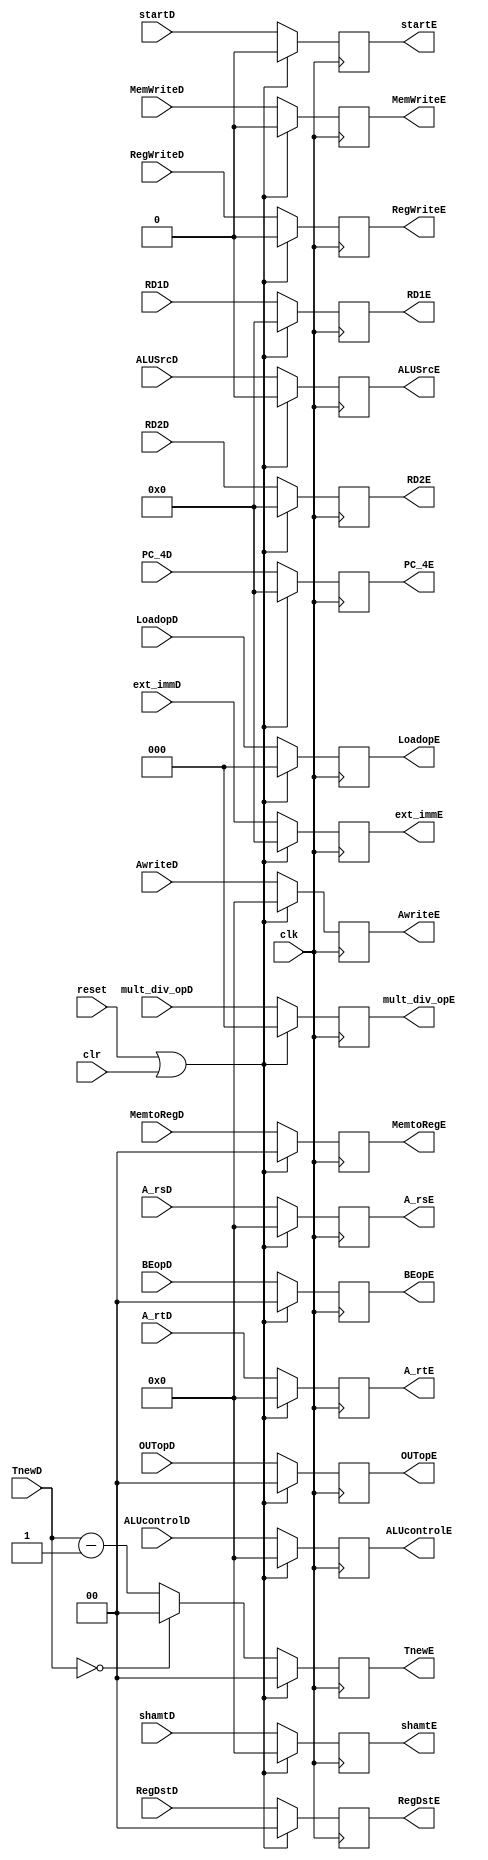
`timescale 1ns / 1ps
//////////////////////////////////////////////////////////////////////////////////
// Company: 
// Engineer: 
// 
// Design Name: 
// Module Name:    D_E_register 
// Project Name: 
// Target Devices: 
// Tool versions: 
// Description: 
//
// Dependencies: 
//
// Revision: 
// Revision 0.01 - File Created
// Additional Comments: 
//
//////////////////////////////////////////////////////////////////////////////////
module D_E_register(
	input clk,
	input reset,
	input clr,
    input RegWriteD,
    input [1:0] MemtoRegD,
    input MemWriteD,
    input [4:0] ALUcontrolD,
    input ALUSrcD,
    input [1:0] RegDstD,
	input [1:0] BEopD,
	input startD,
	input [2:0] mult_div_opD,
	input [2:0] LoadopD,
	input [1:0] OUTopD,
    input [31:0] RD1D,
    input [31:0] RD2D,
	input [4:0] shamtD,
    input [31:0] PC_4D,
	input [31:0] ext_immD,
	input [1:0] TnewD,
	input [4:0] A_rsD,
    input [4:0] A_rtD,
    input [4:0] AwriteD,
	output reg RegWriteE,
    output reg [1:0] MemtoRegE,
    output reg  MemWriteE,
    output reg [4:0] ALUcontrolE,
    output reg ALUSrcE,
    output reg [1:0] RegDstE,
	output reg [1:0] BEopE,
	output reg startE,
	output reg [2:0] mult_div_opE,
	output reg [2:0] LoadopE,
	output reg [1:0] OUTopE,
    output reg [31:0] RD1E,
    output reg [31:0] RD2E,
	output reg [4:0] shamtE,
    output reg [31:0] PC_4E,
	output reg [31:0] ext_immE,
	output reg [1:0] TnewE,
	output reg [4:0] A_rsE,
    output reg [4:0] A_rtE,
    output reg [4:0] AwriteE
    );
	always@(posedge clk)
		begin
			if(reset||clr)
				begin
					RegWriteE<=0;
					MemtoRegE<=0;
					MemWriteE<=0;
					ALUcontrolE<=0;
					ALUSrcE<=0;
					RegDstE<=0;
					BEopE<=0;
					startE<=0;
					mult_div_opE<=0;
					LoadopE<=0;
					OUTopE<=0;
					RD1E<=0;
					RD2E<=0;
					shamtE<=0;
					A_rsE<=0;
					A_rtE<=0;
					AwriteE<=0;
					PC_4E<=0;
					ext_immE<=0;
					TnewE<=0;
				end
			else 
				begin
					RegWriteE<=RegWriteD;
					MemtoRegE<=MemtoRegD;
					MemWriteE<=MemWriteD;
					ALUcontrolE<=ALUcontrolD;
					ALUSrcE<=ALUSrcD;
					RegDstE<=RegDstD;
					BEopE<=BEopD;
					startE<=startD;
					mult_div_opE<=mult_div_opD;
					LoadopE<=LoadopD;
					OUTopE<=OUTopD;
					RD1E<=RD1D;
					RD2E<=RD2D;
					shamtE<=shamtD;
					A_rsE<=A_rsD;
					A_rtE<=A_rtD;
					AwriteE<=AwriteD;
					PC_4E<=PC_4D;
					ext_immE<=ext_immD;
					if(TnewD==2'b00)
						TnewE<=2'b00;
					else
						TnewE<=TnewD-2'b01;
				end
		end
endmodule